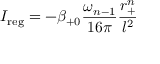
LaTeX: I _ { \mathrm { r e g } } = - \beta _ { + 0 } \frac { \omega _ { n - 1 } } { 1 6 \pi } \frac { r _ { + } ^ { n } } { l ^ { 2 } }